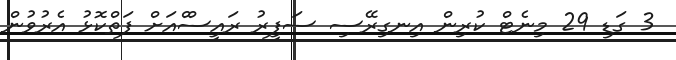
3 ގަޑި 29 މިނެޓް ކުރިން އިނގިރޭސި ސަފީރު ރައީސްްއަށް ފަތްކޮޅު އެރުވުން